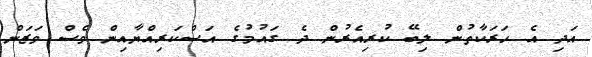
އަދި އެ ހަރަކާތުން ލިބޭ ކުރިއެރުން ދެ ގައުމުގެ އަސްކަރިއްޔާއިން ވެސް ވަޒަން